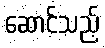
ဆောင်သည့်